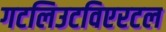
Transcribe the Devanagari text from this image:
गटलिउटविएरटल